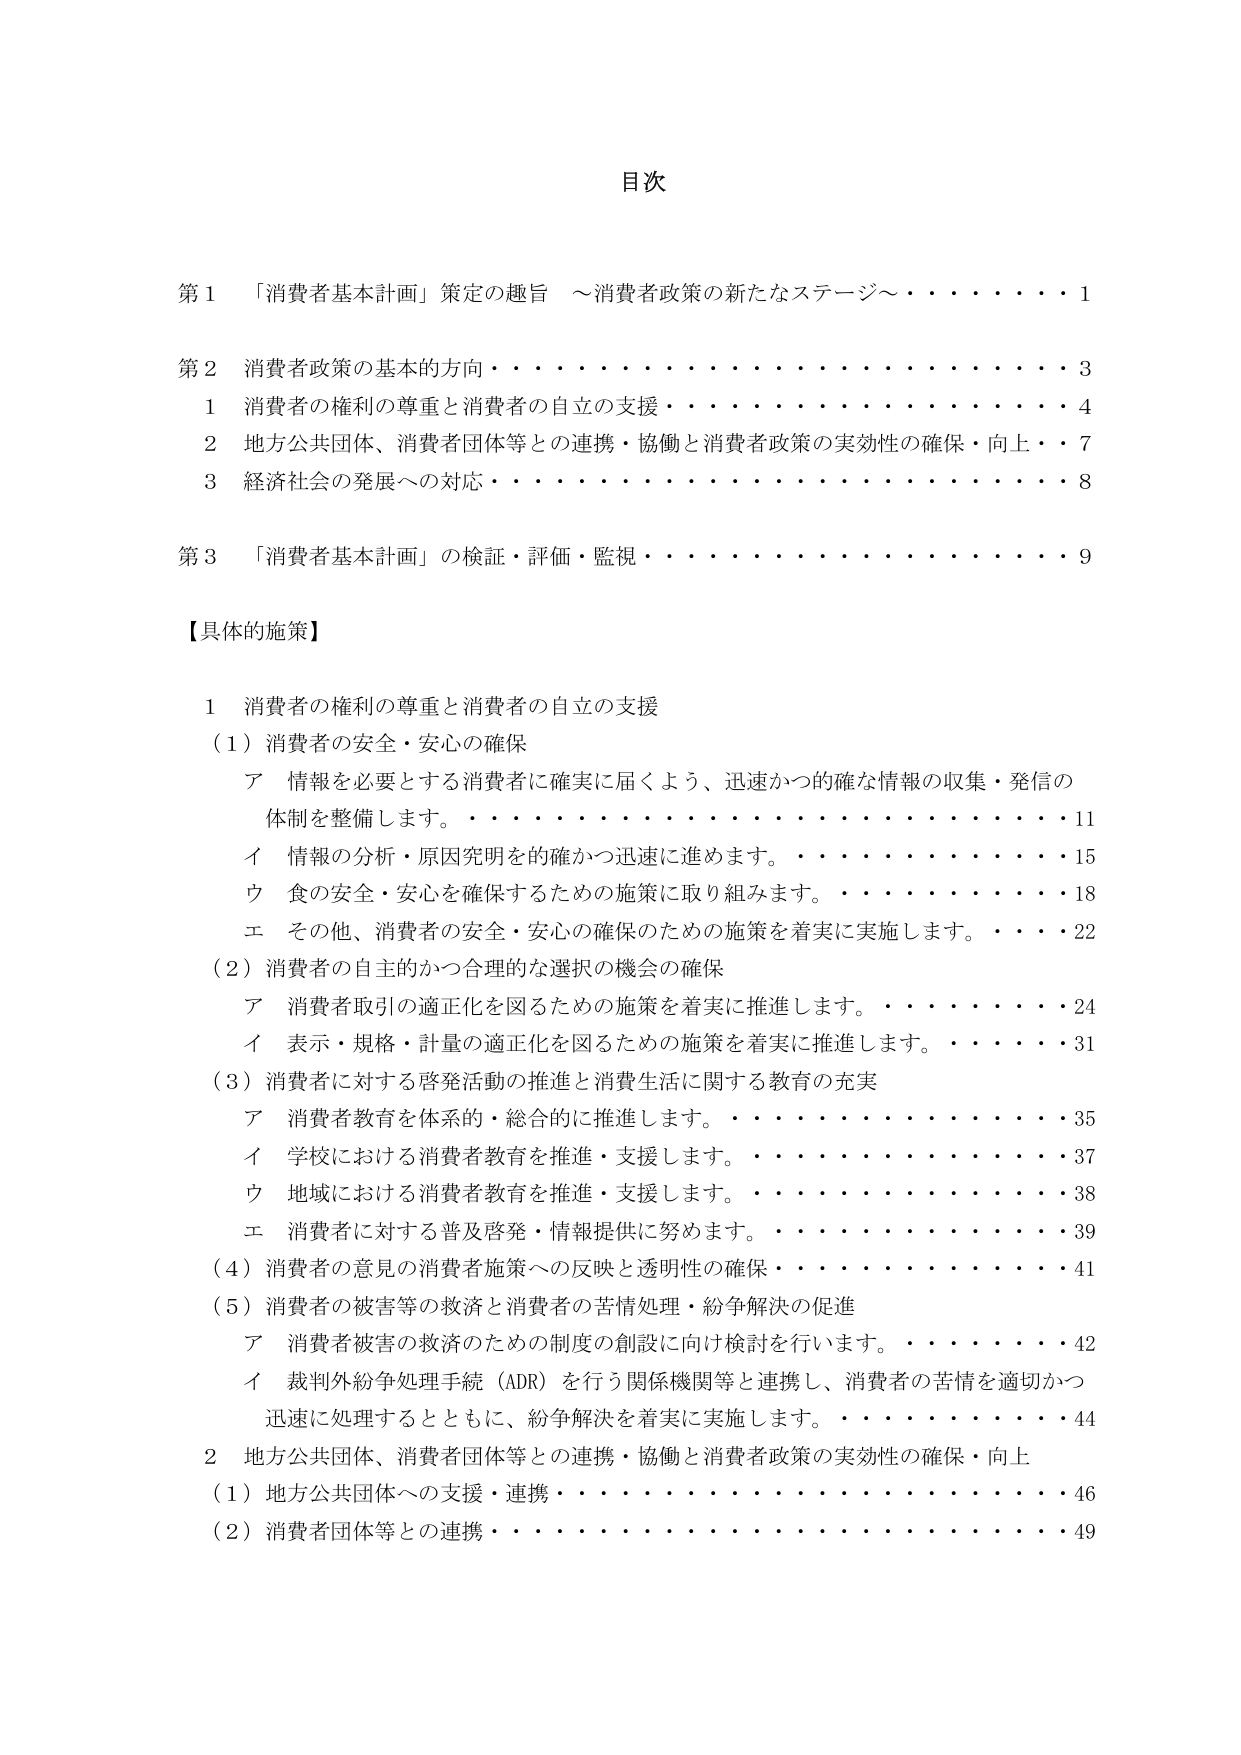
目次

第１　「消費者基本計画」策定の趣旨　～消費者政策の新たなステージ～・・・・・・１

第２　消費者政策の基本的方向・・・・・・・・・・・・・・・・・・・・・・・・・・３
　　１　消費者の権利の尊重と消費者の自立の支援・・・・・・・・・・・・・・・・・・４
　　２　地方公共団体、消費者団体等との連携・協働と消費者政策の実効性の確保・向上・・７
　　３　経済社会の発展への対応・・・・・・・・・・・・・・・・・・・・・・・・・・８

第３　「消費者基本計画」の検証・評価・監視・・・・・・・・・・・・・・・・・・９

【具体的施策】

１　消費者の権利の尊重と消費者の自立の支援
　（１）消費者の安全・安心の確保
　　　ア　情報を必要とする消費者に確実に届くよう、迅速かつ確な情報の収集・発信の
　　　　　体制を整備します。・・・・・・・・・・・・・・・・・・・・・・・・・・１１
　　　イ　情報の分析・原因究明を的確かつ迅速に進めます。・・・・・・・・・・・・１５
　　　ウ　食の安全・安心を確保するための施策に取り組みます。・・・・・・・・・・１８
　　　エ　その他、消費者の安全・安心の確保のための施策を着実に実施します。・・・・２２
　（２）消費者の自主的かつ合理的な選択の機会の確保
　　　ア　消費者取引の適正化を図るための施策を着実に推進します。・・・・・・・・２４
　　　イ　表示・規格・計量の適正化を図るための施策を着実に推進します。・・・・・・３１
　（３）消費者に対する啓発活動の推進と消費生活に関する教育の充実
　　　ア　消費者教育を体系的・総合的に推進します。・・・・・・・・・・・・・・・・３５
　　　イ　学校における消費者教育を推進・支援します。・・・・・・・・・・・・・・３７
　　　ウ　地域における消費者教育を推進・支援します。・・・・・・・・・・・・・・３８
　　　エ　消費者に対する普及啓発・情報提供に努めます。・・・・・・・・・・・・・・３９
　（４）消費者の意見の消費者施策への反映と透明性の確保・・・・・・・・・・・・・・４１
　（５）消費者の被害等の救済と消費者の苦情処理・紛争解決の促進
　　　ア　消費者被害の救済のための制度の創設に向け検討を行います。・・・・・・・・４２
　　　イ　裁判外紛争処理手続（ADR）を行う関係機関等と連携し、消費者の苦情を適切かつ
　　　　　迅速に処理するとともに、紛争解決を着実に実施します。・・・・・・・・・・４４

２　地方公共団体、消費者団体等との連携・協働と消費者政策の実効性の確保・向上
　（１）地方公共団体への支援・連携・・・・・・・・・・・・・・・・・・・・・・・・４６
　（２）消費者団体等との連携・・・・・・・・・・・・・・・・・・・・・・・・・・４９